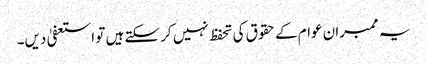
یہ ممبران عوام کے حقوق کی تحفظ نہیں کر سکتے ہیں تو استعفیٰ دیں۔